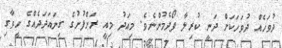
ދުވަހެއް ދުވަހަކަށް ދަނީ ކުރިލާ ފޯދެމުންނެވެ. މިއަދު މިއީ ރަށްފުށުގެ ގިނައަދަދެއްގެ ހީވާގި